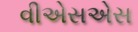
વીએસએસ